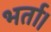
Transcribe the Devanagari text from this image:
भर्ता।